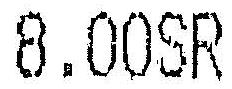
8.00SR